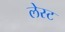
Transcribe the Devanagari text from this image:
लेस्ट